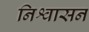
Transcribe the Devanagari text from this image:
निश्वासन